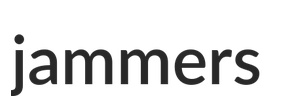
jammers